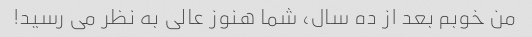
من خوبم بعد از ده سال، شما هنوز عالی به نظر می رسید!